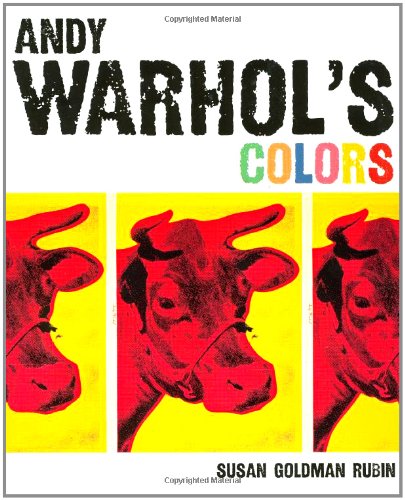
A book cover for Andy Warhol's Colors; Susan Goldman Rubin; Arts & Photography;